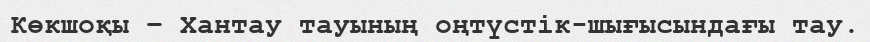
Көкшоқы – Хантау тауының оңтүстік-шығысындағы тау.